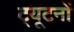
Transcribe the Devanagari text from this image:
ट्यूटनों